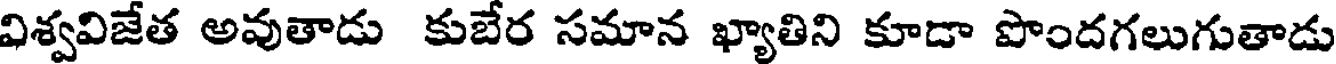
విశ్వవిజేత అవుతాడు కుబేర సమాన ఖ్యాతిని కూడా పొందగలుగుతాడు